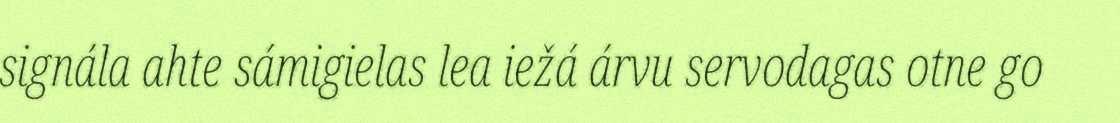
signála ahte sámigielas lea iežá árvu servodagas otne go